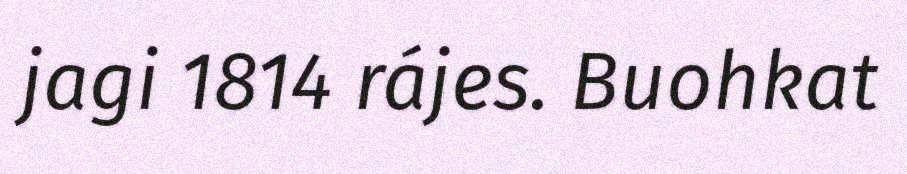
jagi 1814 rájes. Buohkat